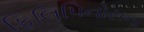
ફિલિપિનોસના